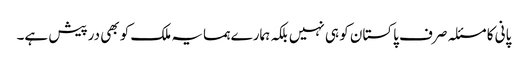
پانی کا مسئلہ صرف پاکستان کو ہی نہیں بلکہ ہمارے ہمسایہ ملک کو بھی درپیش ہے۔